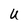
Character: U